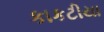
કાકટીયા